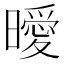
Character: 曖